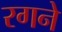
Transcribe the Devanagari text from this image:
रगने